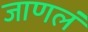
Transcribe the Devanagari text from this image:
जाणलं